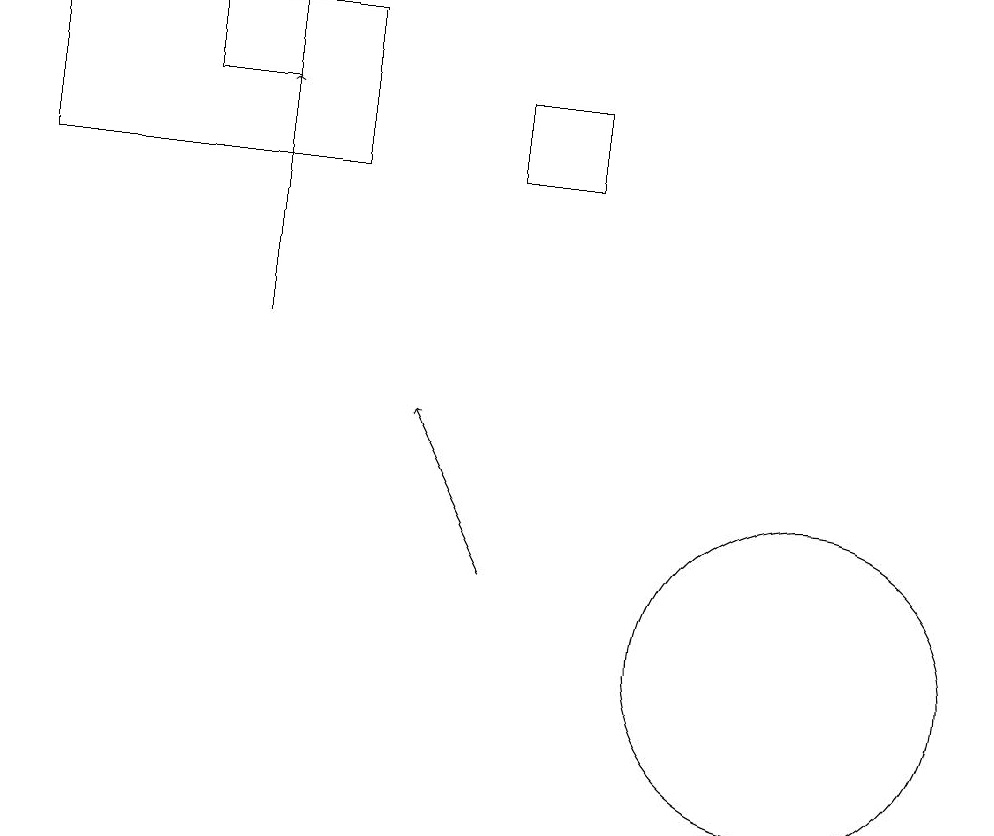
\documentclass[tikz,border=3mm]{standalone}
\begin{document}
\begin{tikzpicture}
\draw (8,16) rectangle (7,17);
\draw (11,10) circle (2);
\draw (4,17) rectangle (3,18);
\draw[->] (7,11) -- (6,13);
\draw (1,16) rectangle (5,18);
\draw[->] (4,14) -- (4,17);
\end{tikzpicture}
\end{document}